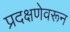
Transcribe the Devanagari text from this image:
प्रदक्षणेवरून